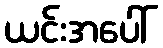
ယင်းအပေါ်